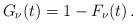
LaTeX: \begin{align*}G_\nu(t) = 1 - F_\nu(t)\,.\end{align*}